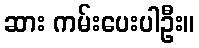
ဆား ကမ်းပေးပါဦး။